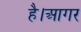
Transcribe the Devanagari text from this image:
है।आगर